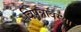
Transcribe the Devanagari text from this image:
विपन्नावस्था